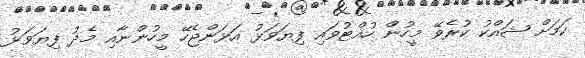
ކަމަށް ޝައްކު ކުރެވޭ މީހުން ހުއްޓުވައި ފިޔަވަޅު އަޅަންޖެހޭ މީހުންނާއި މެދު ފިޔަވަޅު